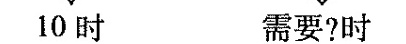
10时 需要?时